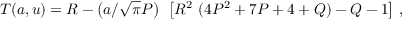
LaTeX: T ( a , u ) = R - \left( a / { \sqrt { \pi } } P \right) ~ \left[ R ^ { 2 } ~ ( 4 P ^ { 2 } + 7 P + 4 + Q ) - Q - 1 \right] \, ,